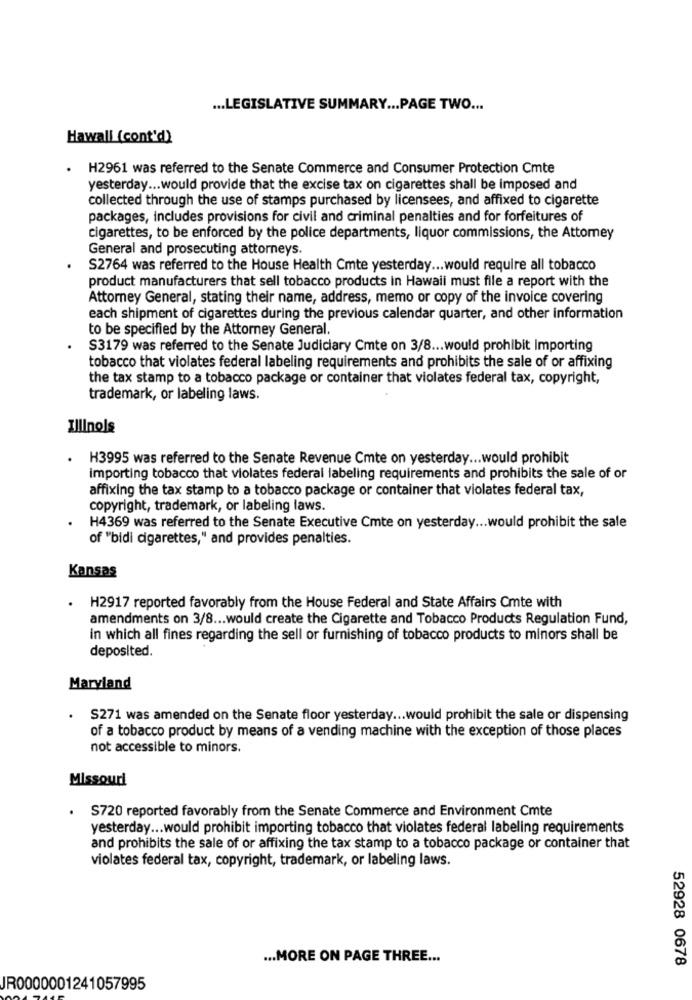
... LEGISLATIVE SUMMARY ... PAGE TWO ...
Hawall (cont'd)
.
H2961 was referred to the Senate Commerce and Consumer Protection Cmte
yesterday ... would provide that the excise tax on cigarettes shall be imposed and
collected through the use of stamps purchased by licensees, and affixed to cigarette
packages, includes provisions for civil and criminal penalties and for forfeitures of
cigarettes, to be enforced by the police departments, liquor commissions, the Attomey
General and prosecuting attorneys.
S2764 was referred to the House Health Cmte yesterday ... would require all tobacco
product manufacturers that sell tobacco products in Hawaii must file a report with the
Attorney General, stating their name, address, memo or copy of the invoice covering
each shipment of cigarettes during the previous calendar quarter, and other information
to be specified by the Attorney General.
S3179 was referred to the Senate Judiciary Cmte on 3/8 ... would prohibit Importing
tobacco that violates federal labeling requirements and prohibits the sale of or affixing
the tax stamp to a tobacco package or container that violates federal tax, copyright,
trademark, or labeling laws.
Illinois
H3995 was referred to the Senate Revenue Cmte on yesterday ... would prohibit
importing tobacco that violates federal labeling requirements and prohibits the sale of or
affixing the tax stamp to a tobacco package or container that violates federal tax,
copyright, trademark, or labeling laws.
H4369 was referred to the Senate Executive Cmte on yesterday ... would prohibit the sale
of "bidi cigarettes," and provides penalties.
Kansas
H2917 reported favorably from the House Federal and State Affairs Omte with
amendments on 3/8 ... would create the Cigarette and Tobacco Products Regulation Fund,
in which all fines regarding the sell or furnishing of tobacco products to minors shall be
deposited.
Maryland
S271 was amended on the Senate floor yesterday ... would prohibit the sale or dispensing
of a tobacco product by means of a vending machine with the exception of those places
not accessible to minors.
Missouri
S720 reported favorably from the Senate Commerce and Environment Cmte
yesterday ... would prohibit importing tobacco that violates federal labeling requirements
and prohibits the sale of or affixing the tax stamp to a tobacco package or container that
violates federal tax, copyright, trademark, or labeling laws.
... MORE ON PAGE THREE ...
52928 0678
JR0000001241057995